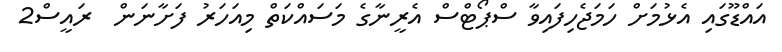
އައްޑޫގައި އެޅުމަށް ހަމަޖެހިފައިވާ ސްޕޯޓްސް އެރީނާގެ މަސައްކަތް މިއަހަރު ފަށާނަން  ރައީސް2